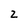
Character: z